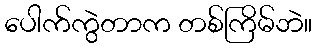
ပေါက်ကွဲတာက တစ်ကြိမ်ဘဲ။